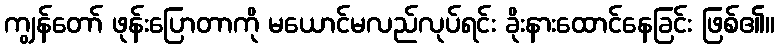
ကျွန်တော် ဖုန်းပြောတာကို မယောင်မလည်လုပ်ရင်း ခိုးနားထောင်နေခြင်း ဖြစ်၏။